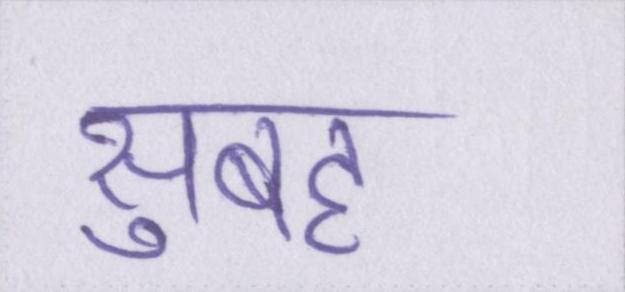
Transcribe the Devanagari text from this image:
सुबह